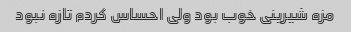
مزه شیرینی خوب بود ولی احساس کردم تازه نبود